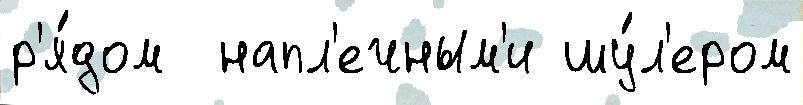
р'я́дом  напл'ечным'и шу́л'ером